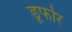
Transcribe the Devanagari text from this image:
डूफोर